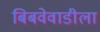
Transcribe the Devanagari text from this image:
बिबवेवाडीला